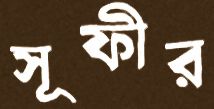
সূফীর